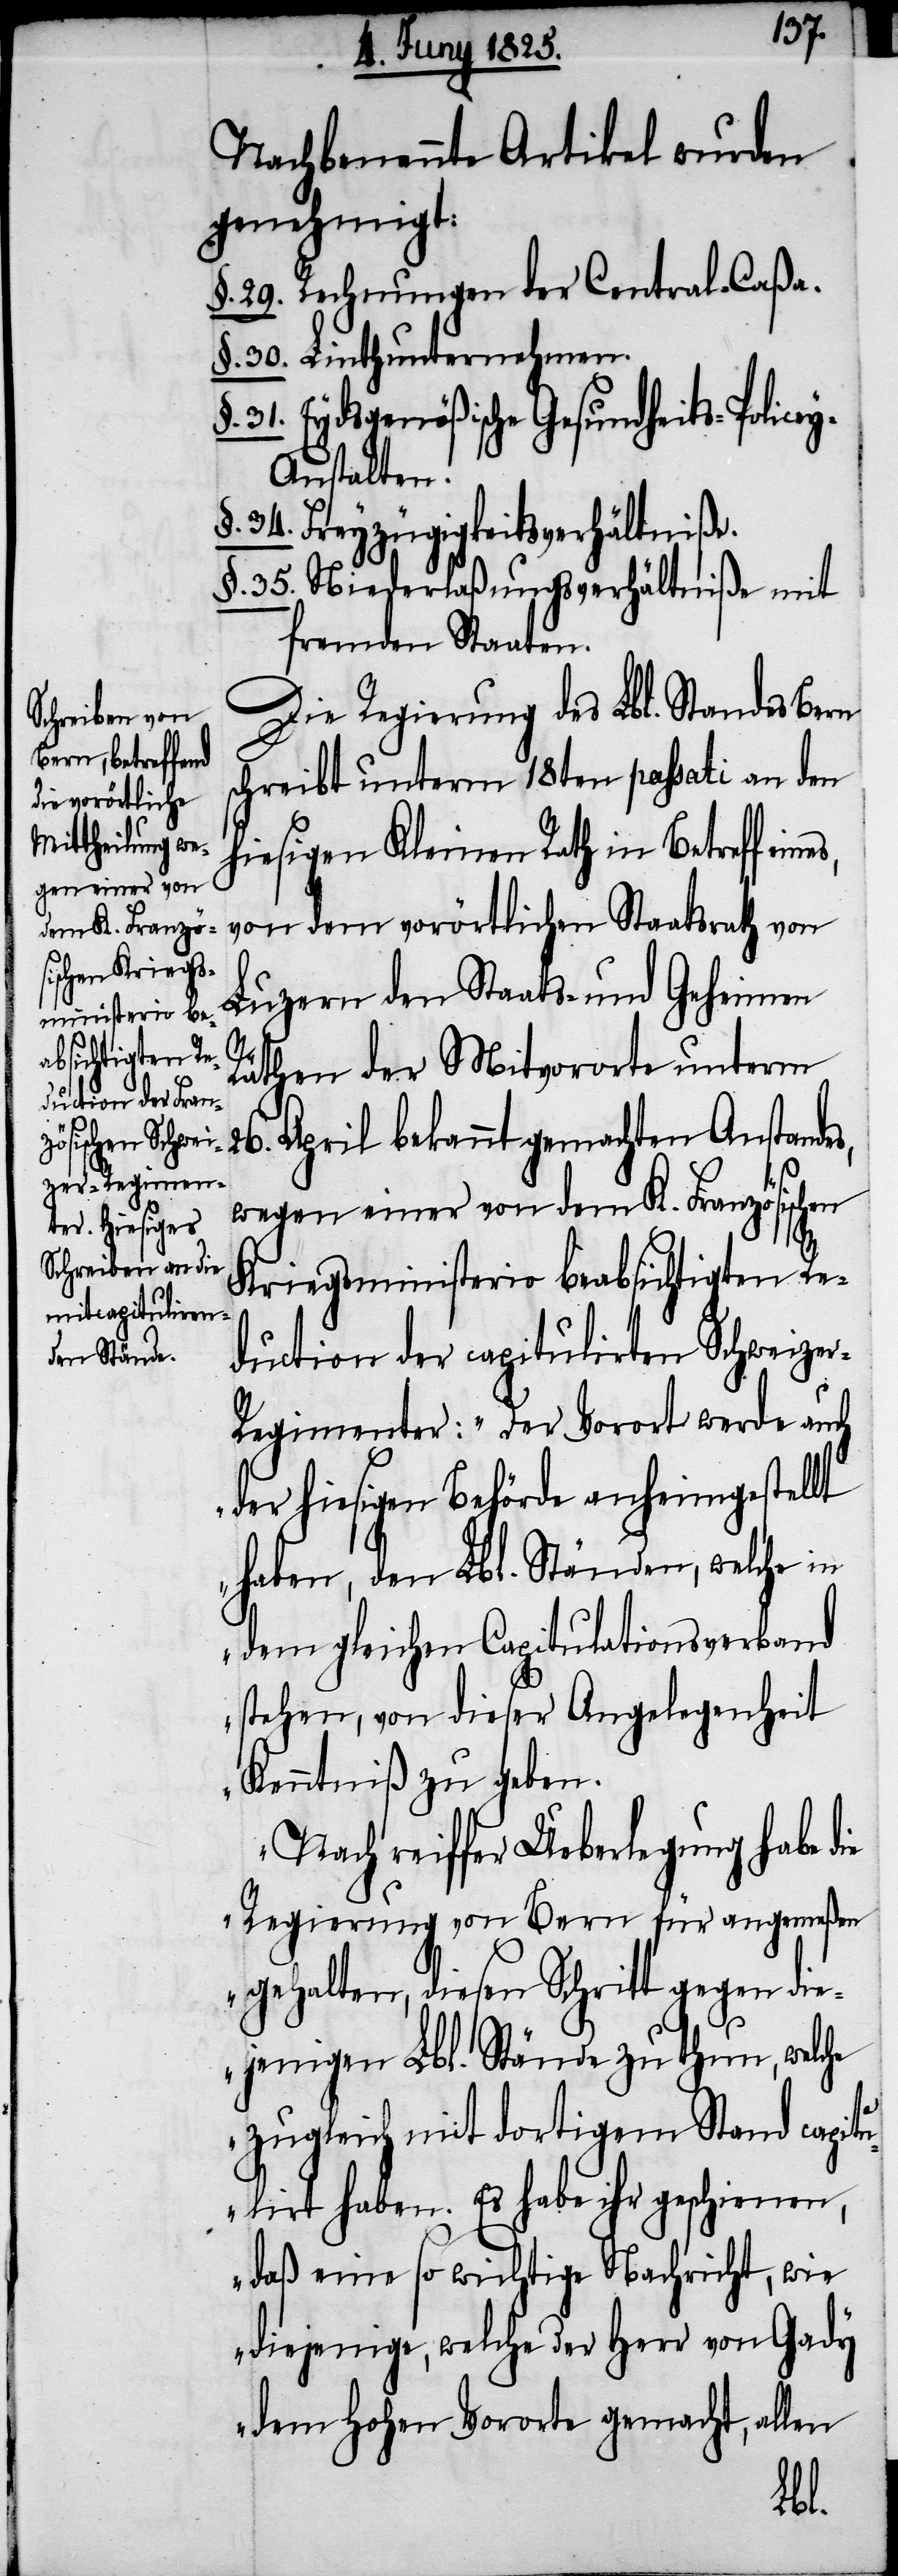
Nachbenannte Artikel wurden
genehmigt:
§. 29. Rechnungen der Central-Caßa.
§. 30. Linthunternehmen.
31. Eydsgenößische Gesundheits-Police¬
y-Anstalten.
§. 34. Freyzügigkeitsverhältniße.
§. 35. Niederlaßungsverhältniße mit
fremden Staaten.
Die Regierung des Lbl. Standes Bern
schreibt unterm 18ten passati an den
hiesigen Kleinen Rath in Betreff ein¬
von dem vorörtlichen Staatsrath von
Luzern den Staats- und Geheimen
s,
Räthen der Mitvororte unterm
26. April bekannt gemachten Anstande¬
wegen einer von dem K. Französischen
Kriegsministerio beabsichtigten Re¬
duction der capitulirten Schweize¬
r-Regimenter: „Der Vorort werde auch
der hiesigen Behörde anheimgestellt
haben, den Lbl. Ständen, welche in
dem gleichen Capitulationsverband
stehen, von dieser Angelegenheit
Kenntniß zu geben.
Nach reiffer Ueberlegung habe die
Regierung von Bern für angemeßen
gehalten, diesen Schritt gegen di¬
ejenigen Lbl. Stände zu thun, welche
zugleich mit dortigem Stand capitu¬
lirt haben. Es habe ihr geschienen,
daß eine so wichtige Nachricht, wie
diejenige, welche der Herr von Gady
dem Hohen Vororte gemacht, allen